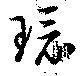
環